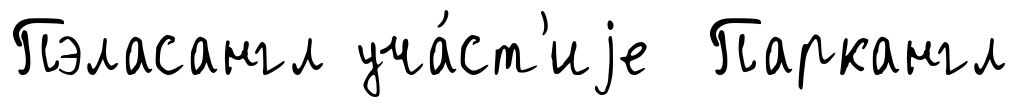
Пэласангл уча́ст'иjе Паркангл